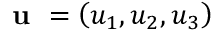
\textbf { u } = \left( { { u } _ { 1 } } , { { u } _ { 2 } } , { { u } _ { 3 } } \right)